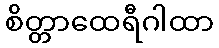
စိတ္တာထေရီဂါထာ